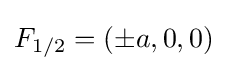
F_{1/2}=(\pm a,0,0)